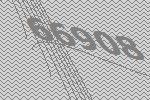
66908